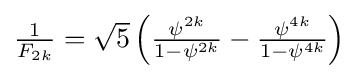
\textstyle {\frac {1}{F_{2k}}}={\sqrt {5}}\left({\frac {\psi ^{2k}}{1-\psi ^{2k}}}-{\frac {\psi ^{4k}}{1-\psi ^{4k}}}\right)\!